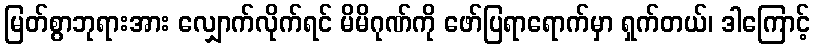
မြတ်စွာဘုရားအား လျှောက်လိုက်ရင် မိမိဂုဏ်ကို ဖော်ပြရာရောက်မှာ ရှက်တယ်၊ ဒါကြောင့်